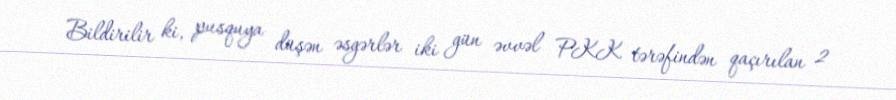
Bildirilir ki, pusquya düşən əsgərlər iki gün əvvəl PKK tərəfindən qaçırılan 2